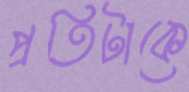
প্রতিটাকে